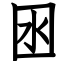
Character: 囦